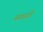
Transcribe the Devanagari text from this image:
नगाजी